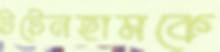
টটেনহামকে